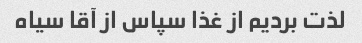
لذت بردیم از غذا سپاس از آقا سیاه